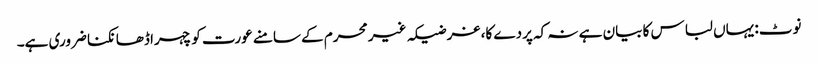
نوٹ: یہاں لباس کا بیان ہے نہ کہ پردے کا، غرضیکہ غیر محرم کے سامنے عورت کو چہرا ڈھانکنا ضروری ہے۔